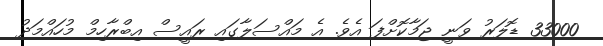
33000 ޑޮލަރު ވަނީ ޖަމާކޮށްފަ އެވެ. އެ މައްސަލާގައި ރައީސް އިބްރާހިމް މުހައްމަދު